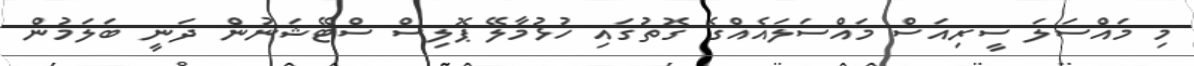
މި މައްސަލަ ސީރިއަސް މައްސަލައެއްގެ ގޮތުގައި ހުޅުމާލޭ ޕޮލިސް ސްޓޭޝަނުން ދަނީ ބަލަމުން